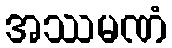
အဿမဏံ